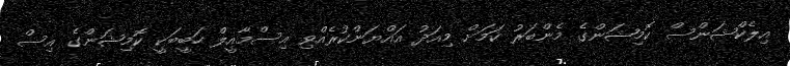
އިލެކްޝަންސް ކޮމިޝަންގެ މެންބަރު ކަމަށް މިއަދު އައްޔަންކުރެއްވި އިސްމާއީލް ހަބީބަކީ ކޮމިޝަންގެ އިސް